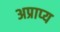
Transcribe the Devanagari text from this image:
अप्राप्‍य